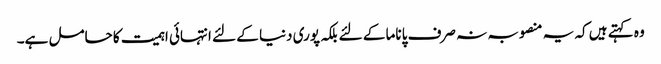
وہ کہتے ہیں کہ یہ منصوبہ نہ صرف پاناما کے لئے بلکہ پوری دنیا کے لئے انتہائی اہمیت کا حامل ہے۔